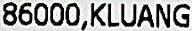
86000,KLUANG